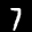
Label: 7